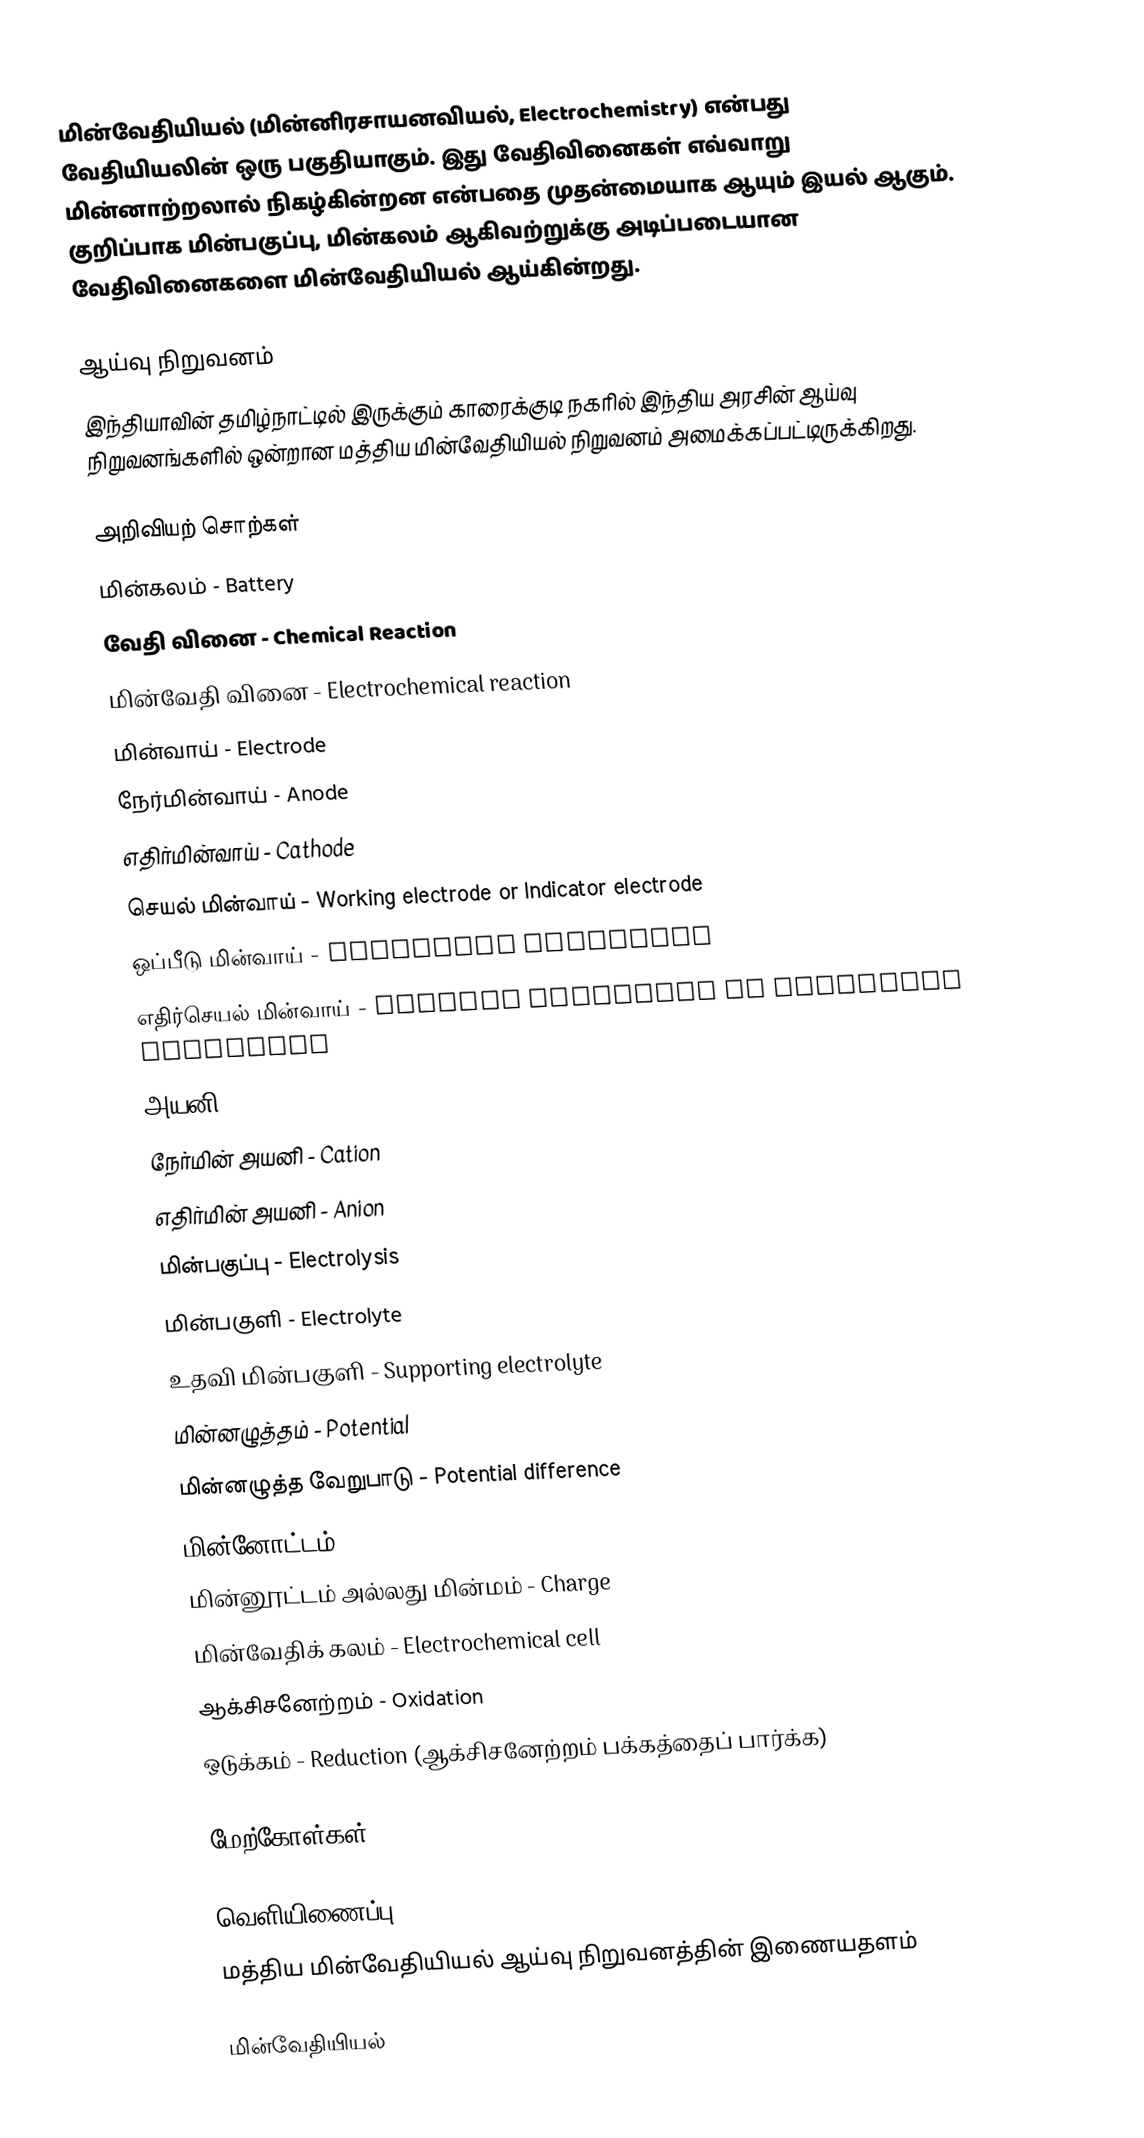
மின்வேதியியல் (மின்னிரசாயனவியல், Electrochemistry) என்பது  வேதியியலின் ஒரு பகுதியாகும். இது வேதிவினைகள் எவ்வாறு மின்னாற்றலால் நிகழ்கின்றன என்பதை முதன்மையாக ஆயும் இயல் ஆகும். குறிப்பாக மின்பகுப்பு, மின்கலம் ஆகிவற்றுக்கு அடிப்படையான வேதிவினைகளை மின்வேதியியல் ஆய்கின்றது.

ஆய்வு நிறுவனம்
இந்தியாவின் தமிழ்நாட்டில் இருக்கும் காரைக்குடி நகரில் இந்திய அரசின் ஆய்வு நிறுவனங்களில் ஒன்றான மத்திய மின்வேதியியல் நிறுவனம் அமைக்கப்பட்டிருக்கிறது.

அறிவியற் சொற்கள்
 மின்கலம் - Battery
 வேதி வினை - Chemical Reaction
 மின்வேதி வினை - Electrochemical reaction
 மின்வாய் - Electrode
 நேர்மின்வாய் - Anode
 எதிர்மின்வாய் - Cathode
 செயல் மின்வாய் - Working electrode or Indicator electrode
 ஒப்பீடு மின்வாய் - Reference electrode
 எதிர்செயல் மின்வாய் - Counter electrode or Auxiliary electrode
 அயனி - Ion
 நேர்மின் அயனி - Cation
 எதிர்மின் அயனி - Anion
 மின்பகுப்பு - Electrolysis
 மின்பகுளி - Electrolyte
 உதவி மின்பகுளி - Supporting electrolyte
 மின்னழுத்தம் - Potential
 மின்னழுத்த வேறுபாடு - Potential difference
 மின்னோட்டம் - Current
 மின்னூட்டம் அல்லது மின்மம் - Charge
 மின்வேதிக் கலம் - Electrochemical cell
 ஆக்சிசனேற்றம் - Oxidation
 ஒடுக்கம் - Reduction (ஆக்சிசனேற்றம் பக்கத்தைப் பார்க்க)

மேற்கோள்கள்

வெளியிணைப்பு
மத்திய மின்வேதியியல் ஆய்வு நிறுவனத்தின் இணையதளம்

மின்வேதியியல்